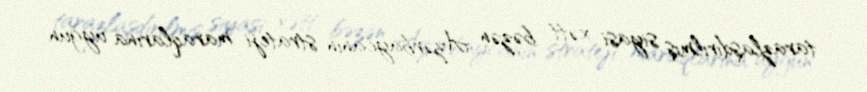
tarazlaşdırılmış siyasi xətt bəzən Azərbaycanın strateji maraqlarına uyğun